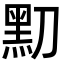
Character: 𪐛